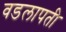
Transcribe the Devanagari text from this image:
वडलापती